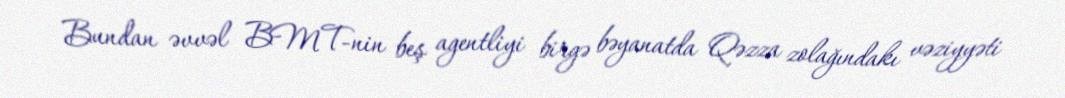
Bundan əvvəl BMT-nin beş agentliyi birgə bəyanatda Qəzza zolağındakı vəziyyəti